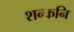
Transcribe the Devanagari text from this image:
शन्कनि